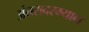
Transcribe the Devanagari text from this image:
अंतरादरम्यान